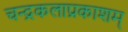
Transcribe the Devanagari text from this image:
चन्द्रकलाप्रकाशम्